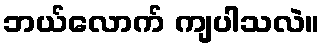
ဘယ်လောက် ကျပါသလဲ။